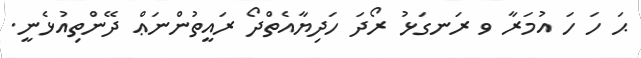
ޙަ ހަ ހަ އުމަރާ ވ ރަނގަޅު ރޯދަ ހަދިޔާއެތްދޯ ރައީތުންްނަޢް ދޭންތިއުޅެނީ.